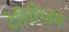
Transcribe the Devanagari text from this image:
टेरिरिज़म